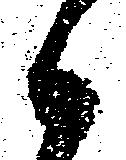
候